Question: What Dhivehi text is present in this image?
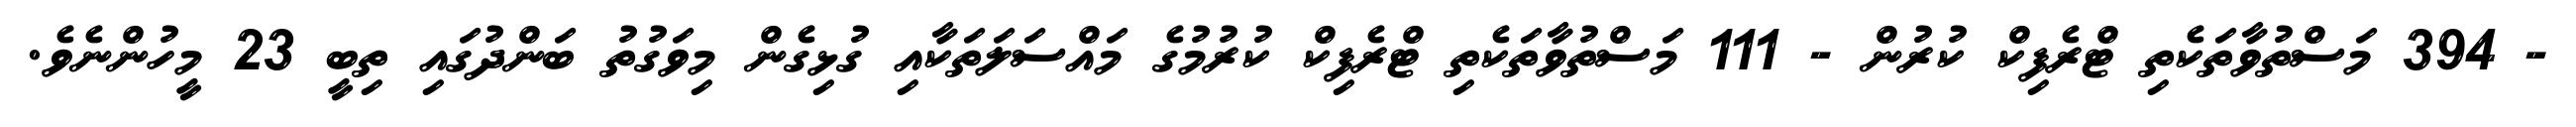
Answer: - 394 މަސްތުވާތަކެތި ޓްރެފިކް ކުރުން - 111 މަސްތުވާތަކެތި ޓްރެފިކް ކުރުމުގެ މައްސަލަތަކާއި ގުޅިގެން މިވަގުތު ބަންދުގައި ތިބީ 23 މީހުންނެވެ.